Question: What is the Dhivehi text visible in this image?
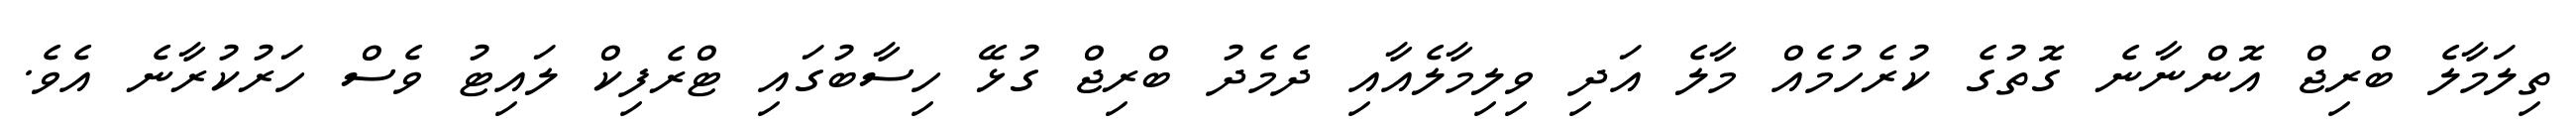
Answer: ތިލަމާލެ ބްރިޖް އޮންނާނެ ގޮތުގެ ކުރެހުމެއް މާލެ އަދި ވިލިމާލެއާއި ދެމެދު ބްރިޖް ގުޅޭ ހިސާބުގައި ޓްރެފިކް ލައިޓު ވެސް ހަރުކުރާނެ އެވެ.